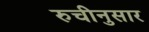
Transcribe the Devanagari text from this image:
रुचीनुसार